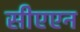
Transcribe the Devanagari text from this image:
सीएएन